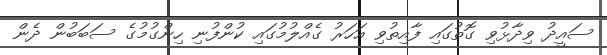
ސައީދު ވިދާޅުވި ގޮތުގައި ފާއިތުވި އަހަރު ގެއްލުމުގައި ކުންފުނި ހިންގުމުގެ ސަބަބުން ދެން